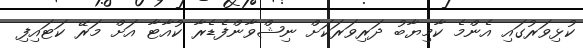
ކުޅިވަރުގައި އެންމެ ކާމިޔާބު ދަރިވަރަކަށް ނިޝްވާންފެޑެރާ ކުއާޓާ އަށް މަރޭ ކަޓައިފި